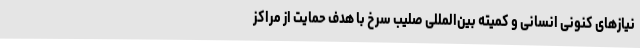
نیازهای کنونی انسانی و کمیته بین‌المللی صلیب سرخ با هدف حمایت از مراکز